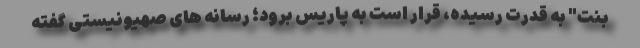
بنت" به قدرت رسیده، قرار است به پاریس برود؛ رسانه های صهیونیستی گفته